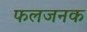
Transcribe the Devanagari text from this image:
फलजनक